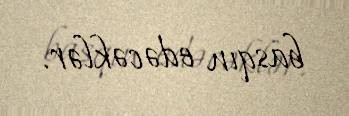
basqın edəcəklər.